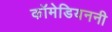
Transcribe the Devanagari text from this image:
कॉमेडियननी